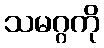
သမဂ္ဂကို